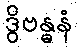
ဒွိဗန္ဓနံ